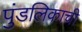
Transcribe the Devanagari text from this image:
पुंडलिकाची